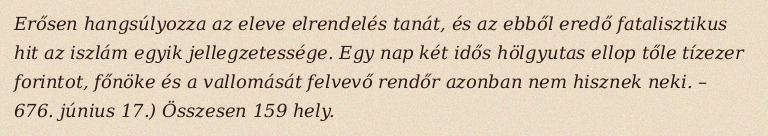
Erősen hangsúlyozza az eleve elrendelés tanát, és az ebből eredő fatalisztikus hit az iszlám egyik jellegzetessége. Egy nap két idős hölgyutas ellop tőle tízezer forintot, főnöke és a vallomását felvevő rendőr azonban nem hisznek neki. – 676. június 17.) Összesen 159 hely.